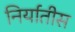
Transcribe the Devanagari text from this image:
निर्यातीस